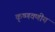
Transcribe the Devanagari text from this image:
कृष्णवणीय